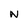
Character: N